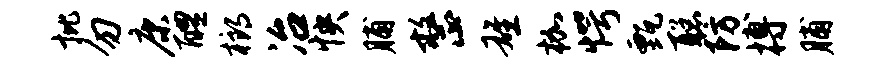
批勿康醴榔冶怏脯整雄枷愕甄聪防搏脯